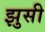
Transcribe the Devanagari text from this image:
झुसी